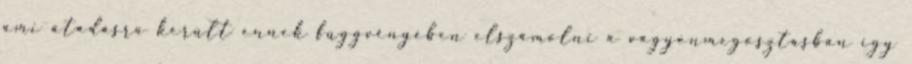
ami átadásra került ennek függvényében elszámolni a vagyonmegosztásban így